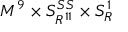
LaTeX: M ^ { 9 } \times S _ { R ^ { 1 1 } } ^ { S S } \times S _ { R } ^ { 1 }